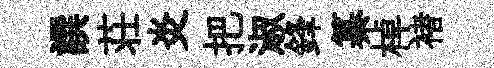
譔荘炎把淑鋒纂棹褚